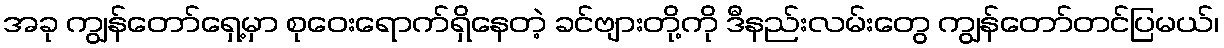
အခု ကျွန်တော်ရှေ့မှာ စုဝေးရောက်ရှိနေတဲ့ ခင်ဗျားတို့ကို ဒီနည်းလမ်းတွေ ကျွန်တော်တင်ပြမယ်၊